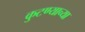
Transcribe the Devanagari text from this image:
कुटण्याच्या